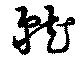
就